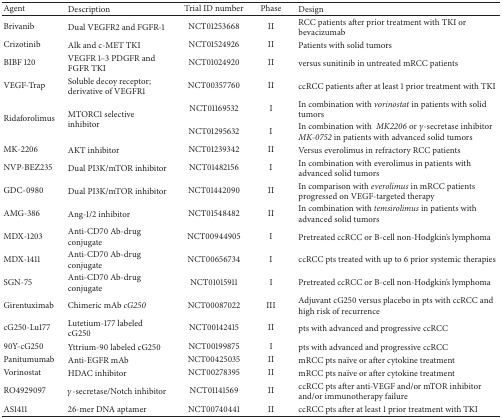
<table><thead><tr><td><b>Agent</b></td><td><b>Description</b></td><td><b>Trial ID number</b></td><td><b>Phase</b></td><td><b>Design</b></td></tr></thead><tbody><tr><td>Brivanib</td><td>Dual VEGFR2 and FGFR-1</td><td>NCT01253668</td><td>II</td><td>RCC patients after prior treatment with TKI or bevacizumab</td></tr><tr><td>Crizotinib</td><td>Alk and c-MET TKI</td><td>NCT01524926</td><td>II</td><td>Patients with solid tumors </td></tr><tr><td>BIBF 120</td><td>VEGFR 1–3 PDGFR and FGFR TKI</td><td>NCT01024920</td><td>II</td><td>versus sunitinib in untreated mRCC patients</td></tr><tr><td>VEGF-Trap</td><td>Soluble decoy receptor; derivative of VEGFR1 </td><td>NCT00357760</td><td>II</td><td>ccRCC patients after at least 1 prior treatment with TKI</td></tr><tr><td rowspan="2">Ridaforolimus</td><td rowspan="2">MTORC1 selective inhibitor</td><td>NCT01169532</td><td>I</td><td>In combination with <i>vorinostat</i> in patients with solid tumors</td></tr><tr><td>NCT01295632</td><td>I</td><td>In combination with <i> MK2206</i> or <i>γ</i>-secretase inhibitor <i>MK-0752</i> in patients with advanced solid tumors </td></tr><tr><td>MK-2206</td><td>AKT inhibitor</td><td>NCT01239342</td><td>II</td><td>Versus everolimus in refractory RCC patients</td></tr><tr><td>NVP-BEZ235</td><td>Dual PI3K/mTOR inhibitor</td><td>NCT01482156</td><td>I</td><td>In combination with everolimus in patients with advanced solid tumors</td></tr><tr><td>GDC-0980</td><td>Dual PI3K/mTOR inhibitor</td><td>NCT01442090</td><td>II</td><td>In comparison with <i>everolimus</i> in mRCC patients progressed on VEGF-targeted therapy</td></tr><tr><td>AMG-386</td><td>Ang-1/2 inhibitor</td><td>NCT01548482</td><td>II</td><td>In combination with <i>temsirolimus</i> in patients with advanced solid tumors</td></tr><tr><td>MDX-1203</td><td>Anti-CD70 Ab-drug conjugate</td><td>NCT00944905</td><td>I</td><td>Pretreated ccRCC or B-cell non-Hodgkin&#x27;s lymphoma </td></tr><tr><td>MDX-1411</td><td>Anti-CD70 Ab-drug conjugate</td><td>NCT00656734</td><td>I</td><td>ccRCC pts treated with up to 6 prior systemic therapies</td></tr><tr><td>SGN-75</td><td>Anti-CD70 Ab-drug conjugate</td><td>NCT01015911</td><td>I</td><td>Pretreated ccRCC or B-cell non-Hodgkin&#x27;s lymphoma </td></tr><tr><td>Girentuximab</td><td>Chimeric mAb <i>cG250 </i></td><td>NCT00087022</td><td>III</td><td>Adjuvant cG250 versus placebo in pts with ccRCC and high risk of recurrence</td></tr><tr><td>cG250-Lu177</td><td>Lutetium-177 labeled cG250</td><td>NCT00142415</td><td>II</td><td>pts with advanced and progressive ccRCC</td></tr><tr><td>90Y-cG250</td><td>Yttrium-90 labeled cG250</td><td>NCT00199875</td><td>I</td><td>pts with advanced and progressive ccRCC</td></tr><tr><td>Panitumumab</td><td>Anti-EGFR mAb</td><td>NCT00425035</td><td>II</td><td>mRCC pts naïve or after cytokine treatment</td></tr><tr><td>Vorinostat</td><td>HDAC inhibitor</td><td>NCT00278395</td><td>II</td><td>mRCC pts naïve or after cytokine treatment</td></tr><tr><td>RO4929097</td><td><i>γ</i>-secretase/Notch inhibitor</td><td>NCT01141569</td><td>II</td><td>ccRCC pts after anti-VEGF and/or mTOR inhibitor and/or immunotherapy failure</td></tr><tr><td>AS1411</td><td>26-mer DNA aptamer</td><td>NCT00740441</td><td>II</td><td>ccRCC pts after at least 1 prior treatment with TKI</td></tr></tbody></table>